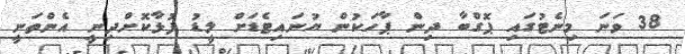
38 ވަނަ މިނެޓުގައި ޕޮގްބާ ދިން ޕާހަކުން ޔުނައިޓެޑަށް ލީޑު ފުޅާކޮށްދިނީ އެންތަނީ